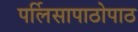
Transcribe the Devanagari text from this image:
पर्लिसापाठोपाठ